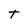
Character: T